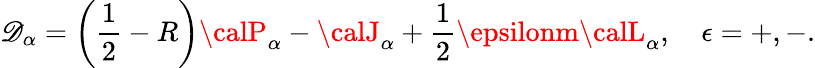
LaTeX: {\cal\mathscr{D}}_{\alpha}=\left(\frac{{1}}{{2}}-R\right){\calP}_{\alpha}-{\calJ}_{\alpha}+\frac{{1}}{{2}}\epsilonm{\calL}_{\alpha},\quad\epsilon=+,-.